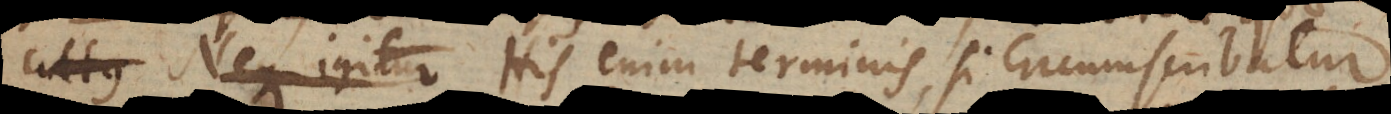
cultus Neque igitur His enim terminis, si circumscribatur